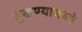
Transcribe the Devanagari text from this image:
दुखण्यामध्ये